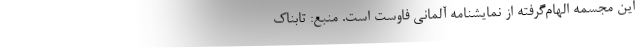
این مجسمه الهام‌گرفته از نمایشنامه آلمانی فاوست است. منبع: تابناک